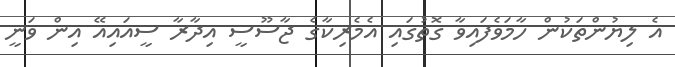
އެ ލިޔުންތަކުން ހާމަވެފައިވާ ގޮތުގައި އެމެރިކާގެ ޖާސޫސީ އިދާރާ ސީއައިއޭ އިން ވަނީ